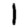
Digit: 1